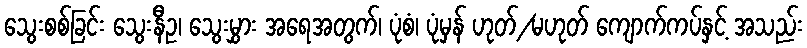
သွေးစစ်ခြင်း သွေးနီဥ၊ သွေးမွှား အရေအတွက်၊ ပုံစံ၊ ပုံမှန် ဟုတ်/မဟုတ် ကျောက်ကပ်နှင့် အသည်း